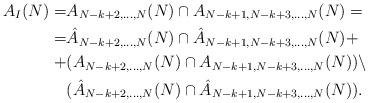
LaTeX: \begin{align*}A_I(N)=&A_{N-k+2,\hdots,N}(N)\cap A_{N-k+1,N-k+3,\hdots,N}(N)=\\=&\hat{A}_{N-k+2,\hdots,N}(N)\cap \hat{A}_{N-k+1,N-k+3,\hdots,N}(N)+\\+&(A_{N-k+2,\hdots,N}(N)\cap A_{N-k+1,N-k+3,\hdots,N}(N))\setminus\\&(\hat{A}_{N-k+2,\hdots,N}(N)\cap \hat{A}_{N-k+1,N-k+3,\hdots,N}(N)).\end{align*}